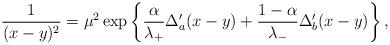
LaTeX: \begin{align*}\frac{1}{(x-y)^2}=\mu^2\exp\left\{\frac{\alpha}{\lambda_+}\Delta_a'(x-y)+\frac{1-\alpha}{\lambda_-}\Delta_b'(x-y)\right\},\end{align*}